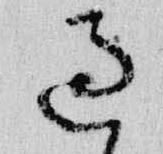
過